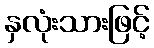
နှလုံးသားဖြင့်